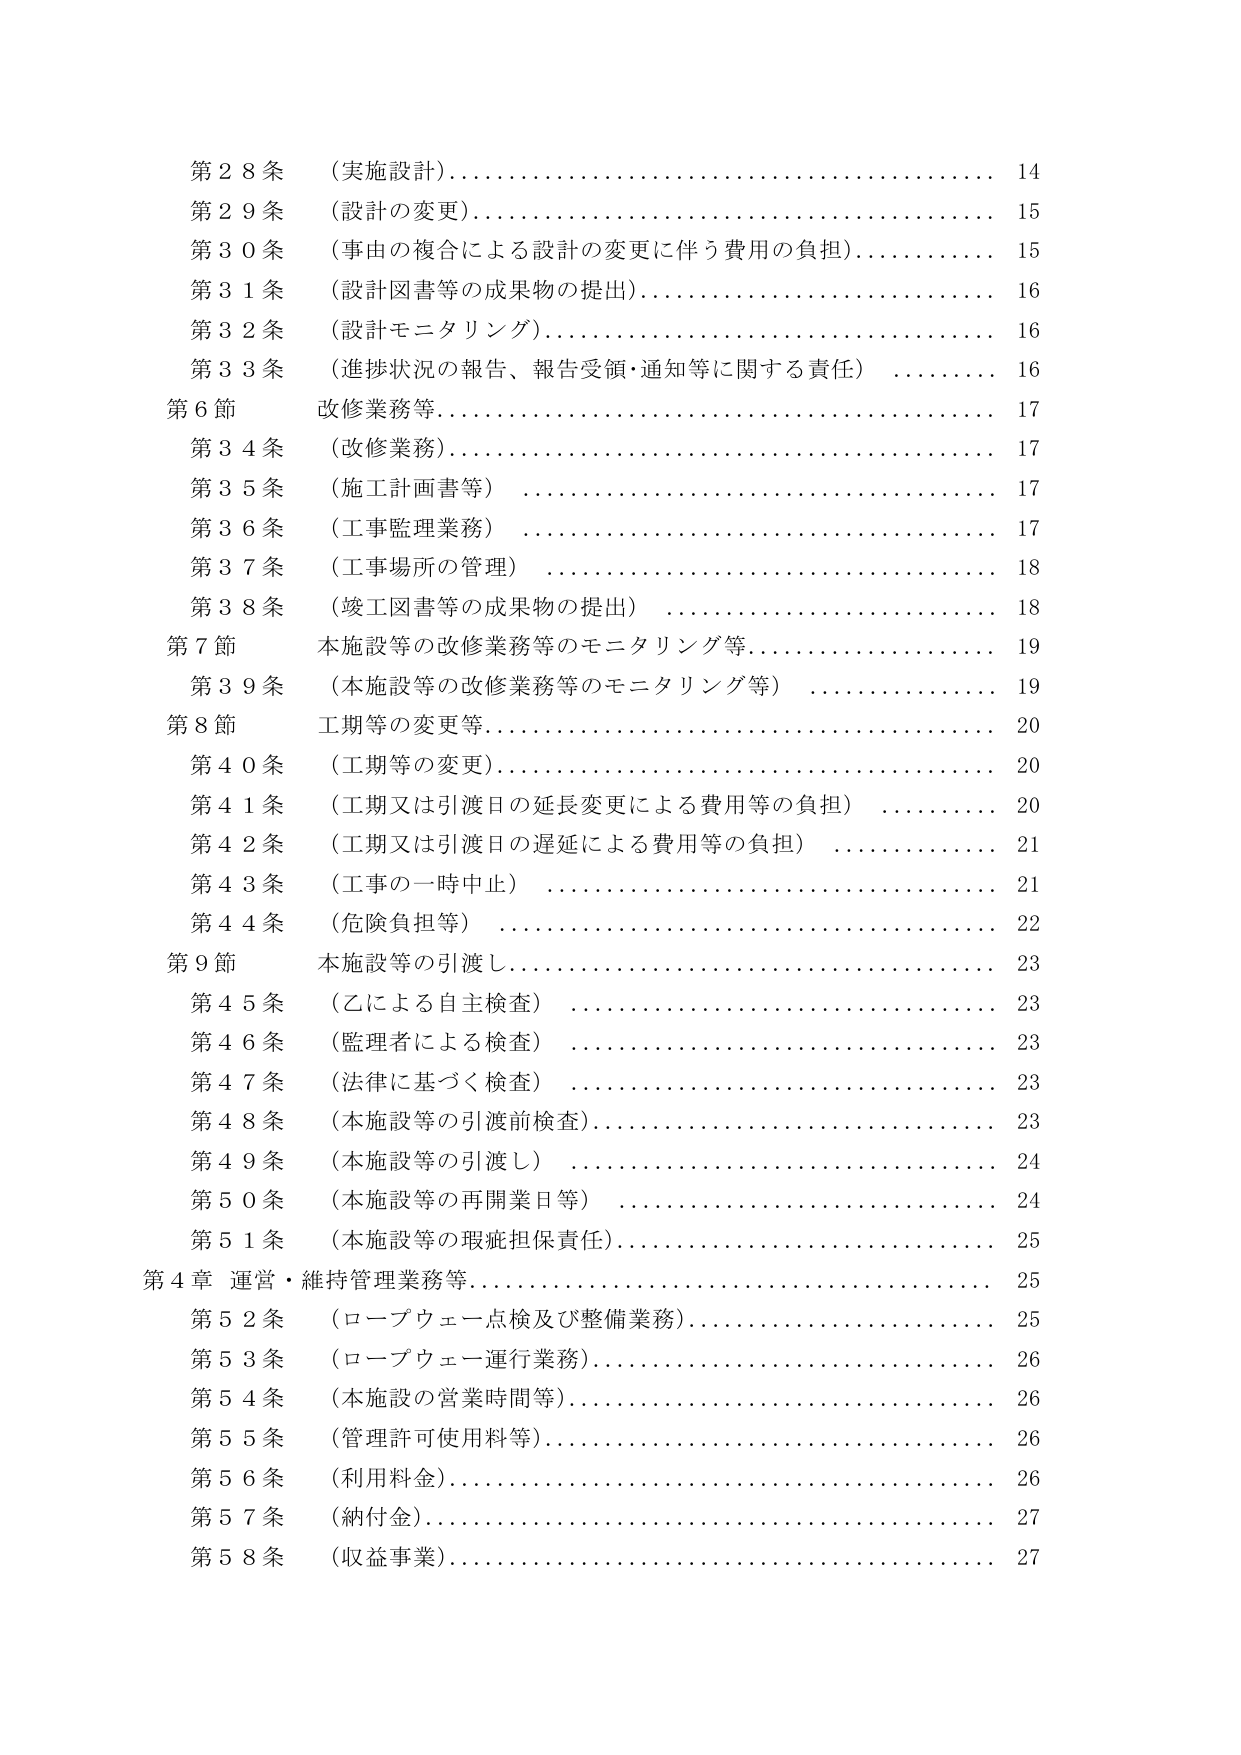
第２８条 （実施設計）……………………………………… 14
第２９条 （設計の変更）…………………………………… 15
第３０条 （事由の複合による設計の変更に伴う費用の負担）……… 15
第３１条 （設計図書等の成果物の提出）……………………… 16
第３２条 （設計モニタリング）……………………………… 16
第３３条 （進捗状況の報告、報告受領・通知等に関する責任）…… 16
第６節 改修業務等………………………………………… 17
第３４条 （改修業務）……………………………………… 17
第３５条 （施工計画書等）………………………………… 17
第３６条 （工事監理業務）………………………………… 17
第３７条 （工事場所の管理）……………………………… 18
第３８条 （竣工図書等の成果物の提出）…………………… 18
第７節 本施設等の改修業務等のモニタリング等……………… 19
第３９条 （本施設等の改修業務等のモニタリング等）……… 19
第８節 工期等の変更等……………………………………… 20
第４０条 （工期等の変更）………………………………… 20
第４１条 （工期又は引渡日の延長変更による費用等の負担）…… 20
第４２条 （工期又は引渡日の遅延による費用等の負担）……… 21
第４３条 （工事の一時中止）……………………………… 21
第４４条 （危険負担等）…………………………………… 22
第９節 本施設等の引渡し…………………………………… 23
第４５条 （乙による自主検査）…………………………… 23
第４６条 （監理者による検査）…………………………… 23
第４７条 （法律に基づく検査）…………………………… 23
第４８条 （本施設等の引渡前検査）……………………… 23
第４９条 （本施設等の引渡し）…………………………… 24
第５０条 （本施設等の再開業日等）……………………… 24
第５１条 （本施設等の瑕疵担保責任）…………………… 25
第４章 運営・維持管理業務等……………………………… 25
第５２条 （ロープウェー点検及び整備業務）……………… 25
第５３条 （ロープウェー運行業務）……………………… 26
第５４条 （本施設の営業時間等）………………………… 26
第５５条 （管理許可使用料等）…………………………… 26
第５６条 （利用料金）……………………………………… 26
第５７条 （納付金）……………………………………… 27
第５８条 （収益事業）……………………………………… 27